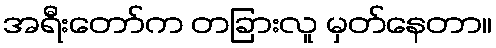
အရီးတော်က တခြားလူ မှတ်နေတာ။